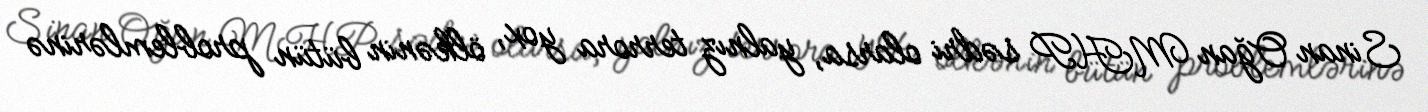
Sinan Oğan MHP sədri olarsa, yalnız terrora yox, ölkənin bütün problemlərinə